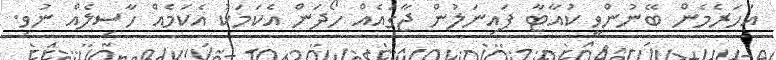
އަހަރެމެން ބޭނުންވީ ކުއާޓާ ފައިނަލުން ޖާގައެއް ހޯދަން އެކަމަކު އެކަމެއް ހާސިލެއް ނުވި.